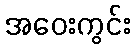
အဝေးကွင်း